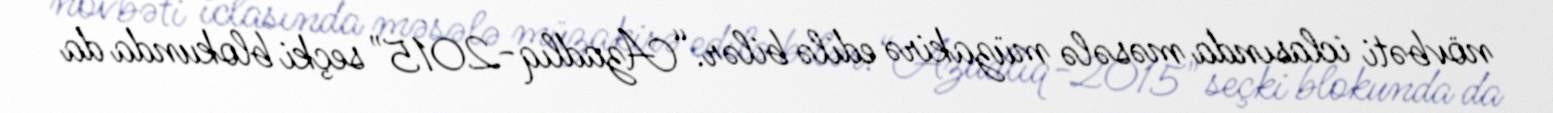
növbəti iclasında məsələ müzakirə edilə bilər.“Azadlıq-2015" seçki blokunda da